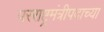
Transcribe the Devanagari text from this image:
परराष्ट्रमंत्रीपदाच्या